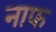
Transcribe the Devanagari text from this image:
नाफ